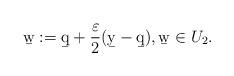
LaTeX: \begin{align*}\b w:= \b q + \frac{\varepsilon}{2}(\b y-\b q),\b w\in U_2.\end{align*}